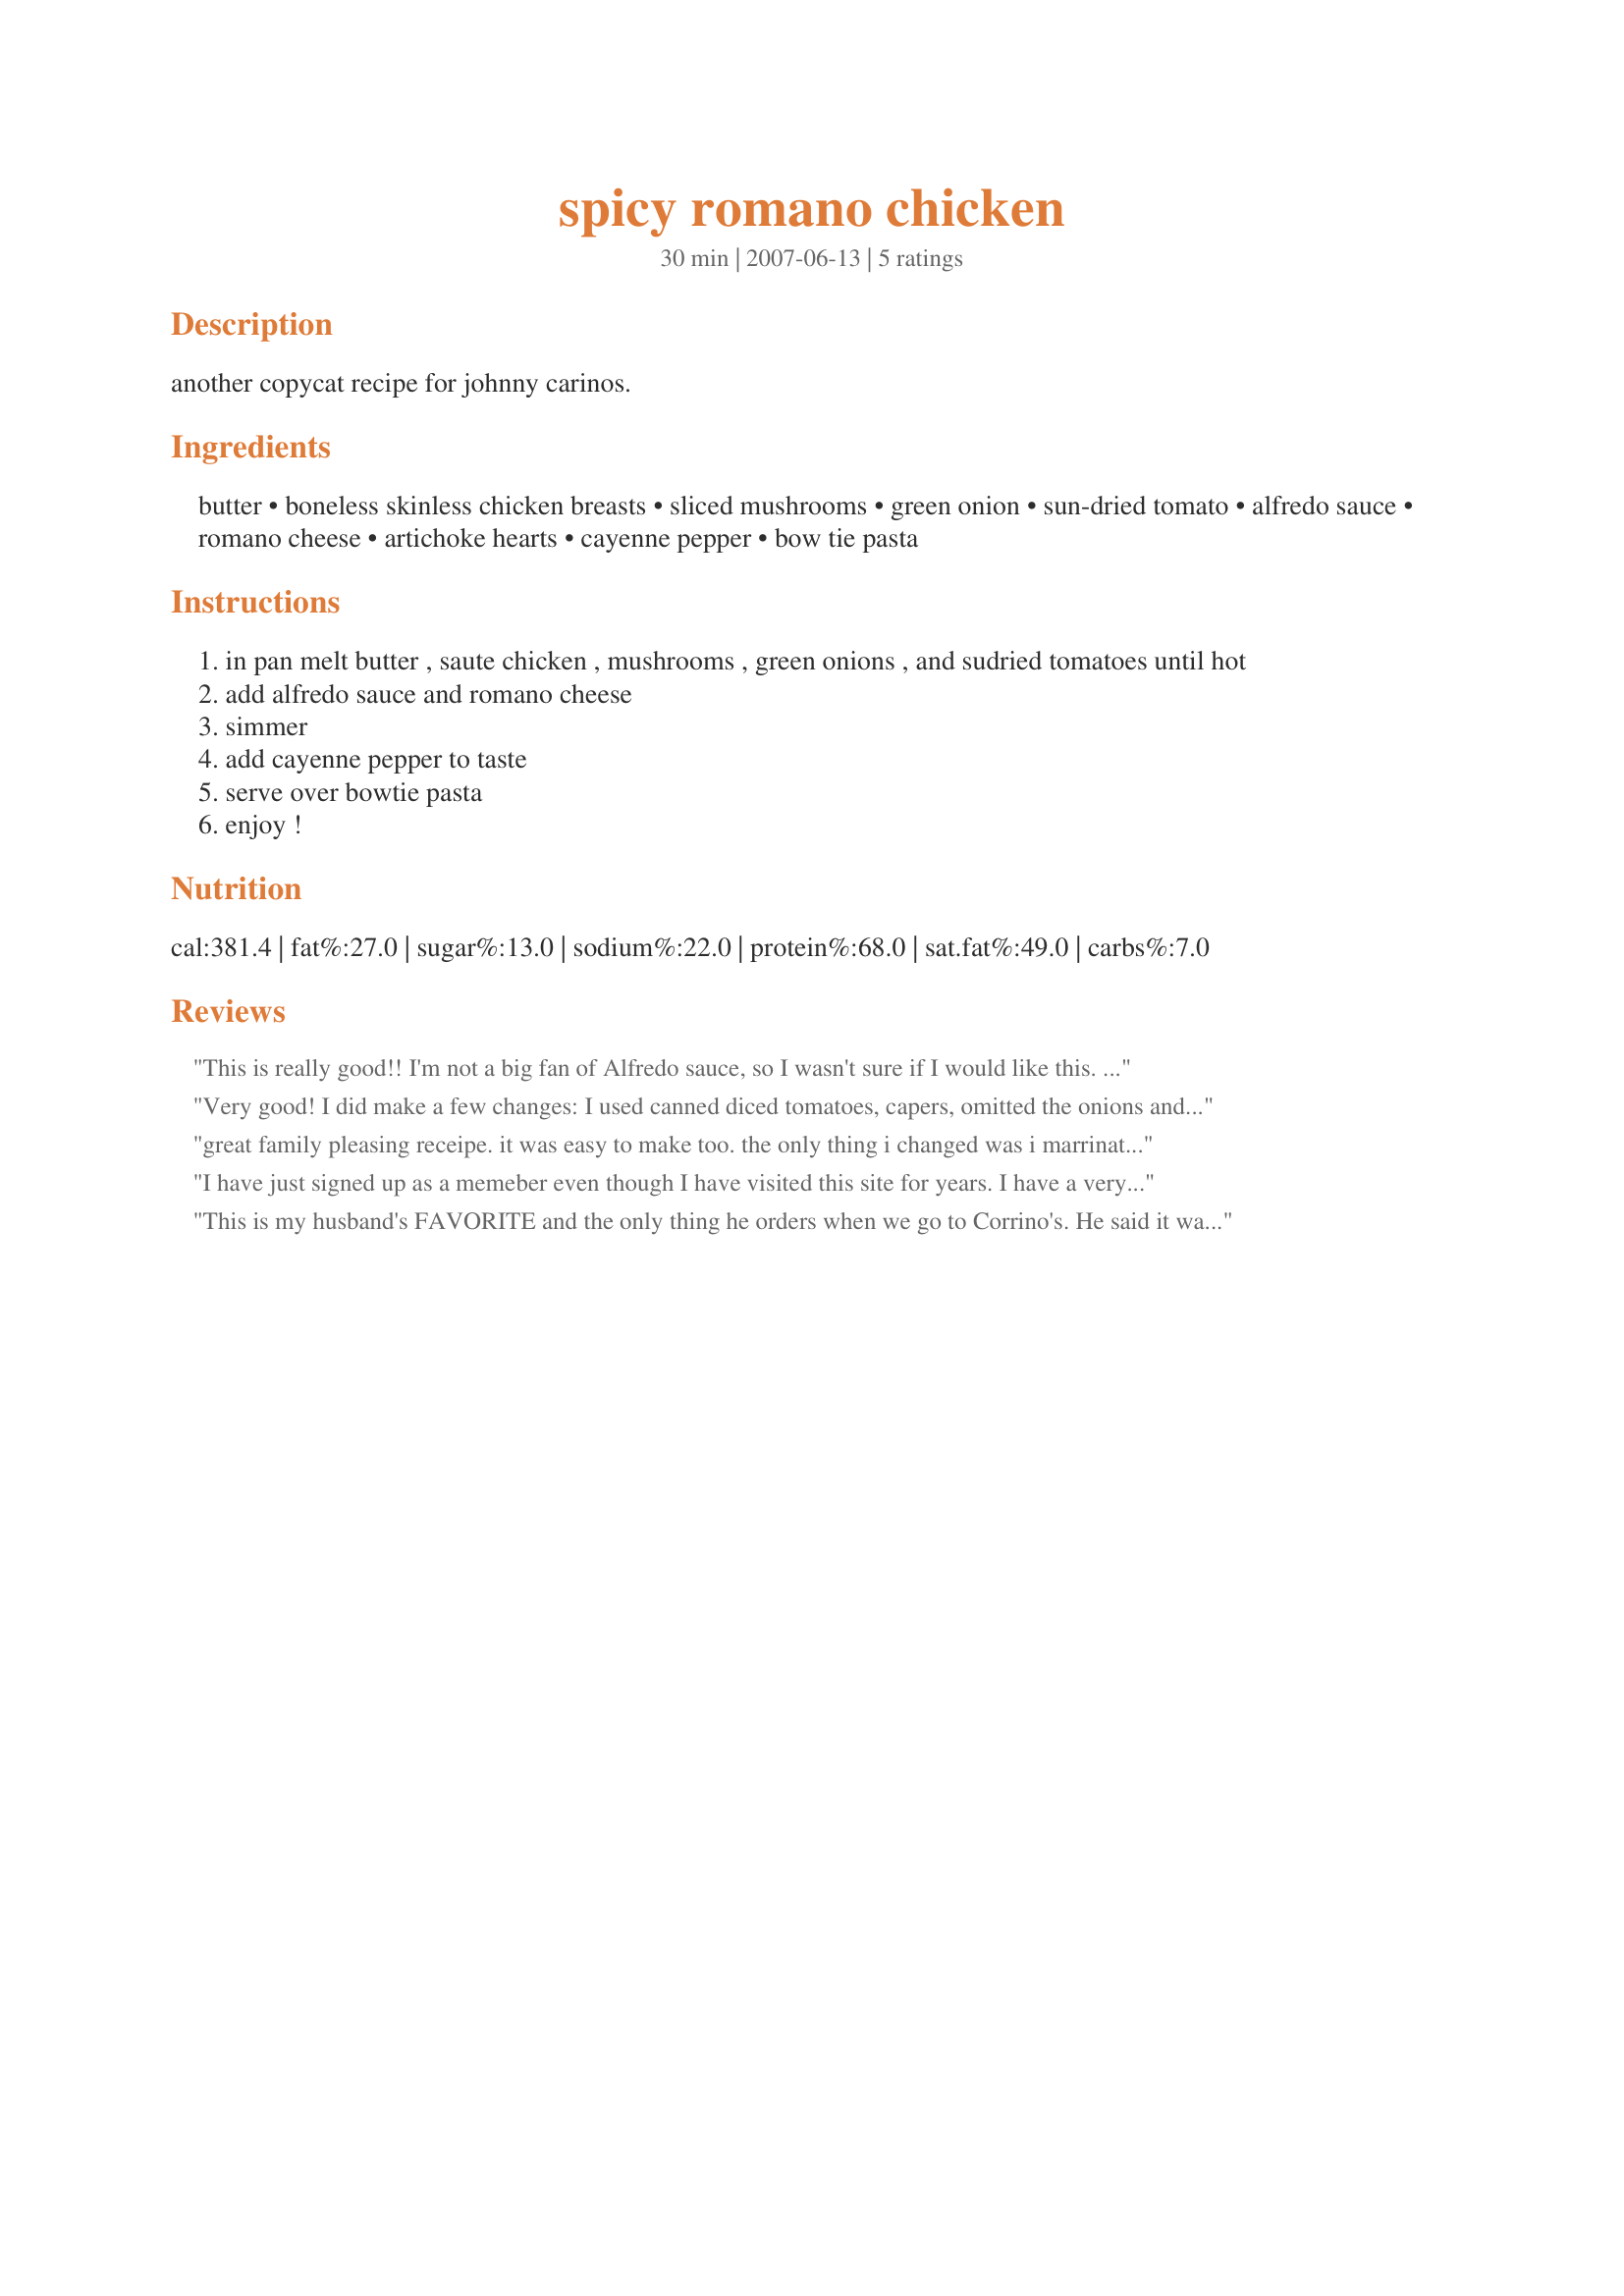
spicy romano chicken
Preparation time: 30 minutes

another copycat recipe for johnny carinos.

Ingredients:
butter, boneless skinless chicken breasts, sliced mushrooms, green onion, sun-dried tomato, alfredo sauce, romano cheese, artichoke hearts, cayenne pepper, bow tie pasta

Steps:
in pan melt butter , saute chicken , mushrooms , green onions , and sudried tomatoes until hot
add alfredo sauce and romano cheese
simmer
add cayenne pepper to taste
serve over bowtie pasta
enjoy !

Reviews:
This is really good!! I'm not a big fan of Alfredo sauce, so I wasn't sure if I would like this. But I was nicely surprised. I think the artichoke and sundried tomatoes made the difference. It's easy and qick, but doesn't taste like it.
Very good! I did make a few changes: I used canned diced tomatoes, capers, omitted the onions and mushrooms. Came out beautifully!
great family pleasing receipe. it was easy to make too. the only thing i changed was i marrinated the chicken in sun-dried tomatoe dressing and baked it in the oven. it made the chicken nice and tender and juicy.
I have just signed up as a memeber even though I have visited this site for years. I have a very similiar recipe of this after many attempts to copy Johnny's myself. I do have to say that anyone that loves this recipe as I do would never alter it and excude the 
major flavors and then not give this a 5 star for not being great!My measurements may alter because I never do measure, and I add a bit of heavy cream to thin out a bit but this is good stuff. Hey, JBurnell, if you have recipe for "
combo skilletini" I would love it.
This is my husband's FAVORITE and the only thing he orders when we go to Corrino's. He said it was not quite it but still very good. I think it may have been the alfredo sauce I used. Thanks so much for posting we will be making this one again for sure!
